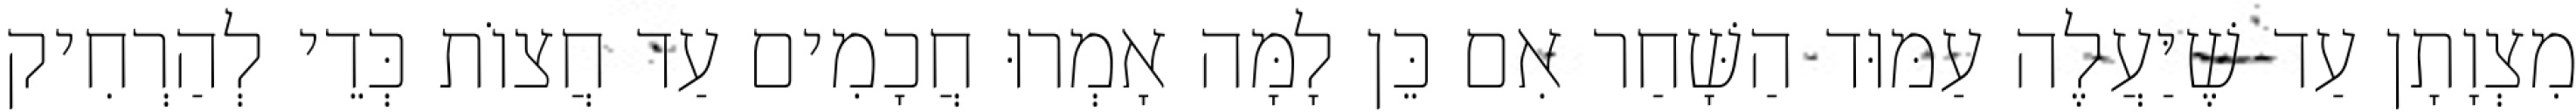
מִצְוָתָן עַד שֶׁיַּעֲלֶה עַמּוּד הַשָּׁחַר אִם כֵּן לָמָּה אָמְרוּ חֲכָמִים עַד חֲצוֹת כְּדֵי לְהַרְחִיק